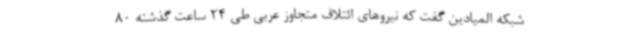
شبکه المیادین گفت که نیروهای ائتلاف متجاوز عربی طی 24 ساعت گذشته 80